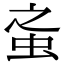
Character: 𧉌